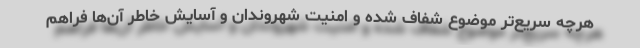
هرچه سریع‌تر موضوع شفاف شده و امنیت شهروندان و آسایش خاطر آن‌ها فراهم